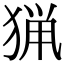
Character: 猟